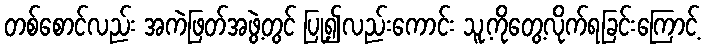
တစ်စောင်လည်း အကဲဖြတ်အဖွဲ့တွင် ပြု၍လည်းကောင်း သူ့ကိုတွေ့လိုက်ရခြင်းကြောင့်